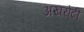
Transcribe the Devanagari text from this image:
अखरोटी